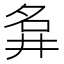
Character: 𡖚